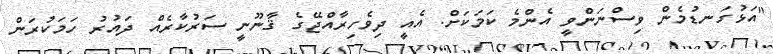
"އަޅުގަނޑުމެން ވިސްނަންވީ އެންމެ ކަމަކަށް. އެއީ ދިވެހިރާއްޖޭގެ ޤާނޫނީ ސަރުކާރެއް ދައުރު ހަމަކުރަން